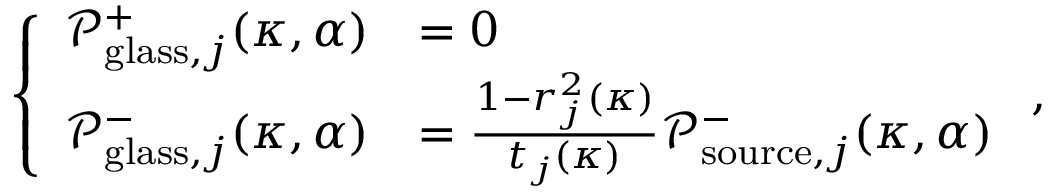
\left\{ \begin{array} { l l } { \mathcal { P } _ { \mathrm { g l a s s } , j } ^ { + } ( \kappa , \alpha ) } & { = 0 } \\ { \mathcal { P } _ { \mathrm { g l a s s } , j } ^ { - } ( \kappa , \alpha ) } & { = \frac { 1 - r _ { j } ^ { 2 } ( \kappa ) } { t _ { j } ( \kappa ) } \mathcal { P } _ { \mathrm { s o u r c e } , j } ^ { - } ( \kappa , \alpha ) } \end{array} \right. ,